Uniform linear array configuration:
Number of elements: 16
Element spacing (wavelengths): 0.25
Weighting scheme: blackman
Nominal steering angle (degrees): -45
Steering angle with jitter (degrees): -43.604
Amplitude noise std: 0.05
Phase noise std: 0.05

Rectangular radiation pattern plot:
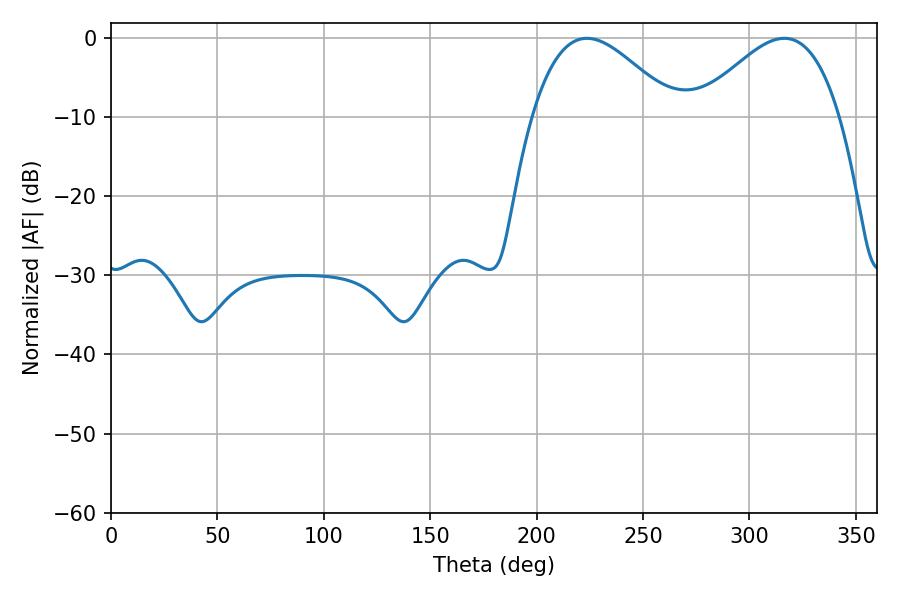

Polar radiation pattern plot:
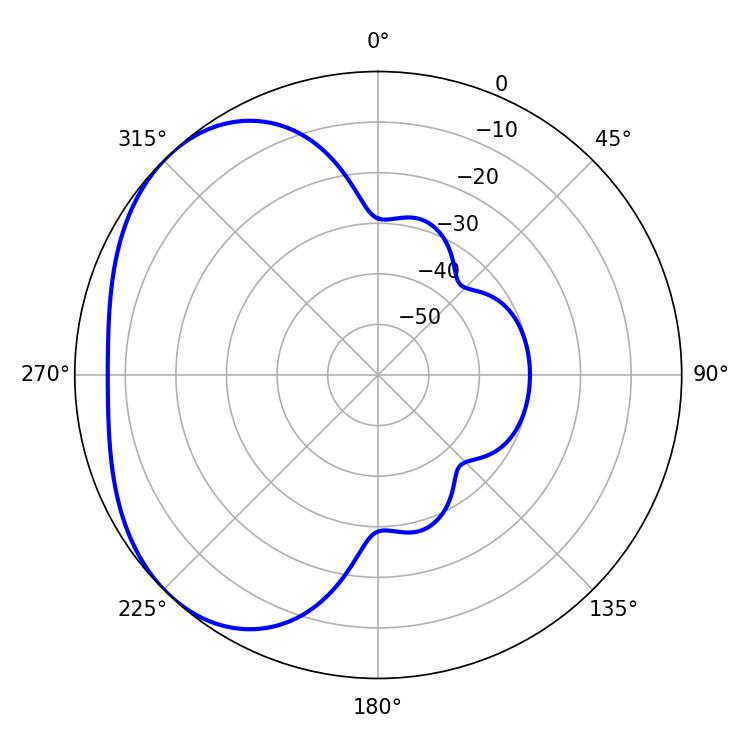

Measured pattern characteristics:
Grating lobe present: FALSE
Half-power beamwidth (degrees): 36.18
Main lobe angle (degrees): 223.56